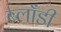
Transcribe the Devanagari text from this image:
ब्लाँडी